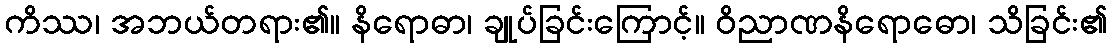
ကိဿ၊ အဘယ်တရား၏။ နိရောဓာ၊ ချုပ်ခြင်းကြောင့်။ ဝိညာဏနိရောဓော၊ သိခြင်း၏